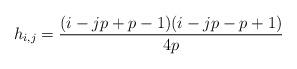
LaTeX: \begin{gather*}h_{i,j}=\frac{(i-jp+p-1)(i-jp-p+1)}{4p}\end{gather*}